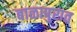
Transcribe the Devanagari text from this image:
बाळापुरात